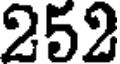
252